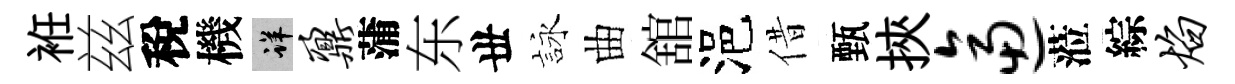
袵兹稅機详鼐蒲东丗詠曲舘浥借甄挾逼蒞綜焰